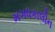
મગધકાલીન